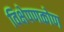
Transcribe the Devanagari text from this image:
विक्षेपणकोण